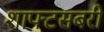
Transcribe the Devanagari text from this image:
शाफ्टसबरी